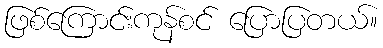
ဖြစ်ကြောင်းကုန်စင် ပြောပြတယ်။